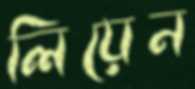
লিয়েন